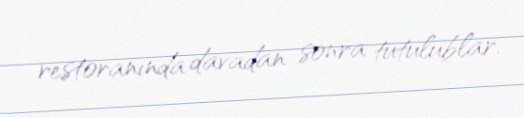
restoranında davadan sonra tutulublar.